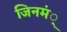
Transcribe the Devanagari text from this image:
जिनमं्